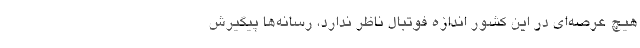
هیچ عرصه‌ای در این کشور اندازه فوتبال ناظر ندارد، رسانه‌ها پیگیرش